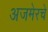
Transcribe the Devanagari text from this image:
अजमेरचे